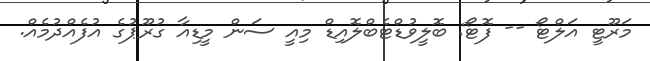
މަރޫޓީ އަލްޓޯ -- ފޮޓޯ: ބޮލީވުޑްޓެބްލޮއިޑް މިއީ ސަން މީޑިއާ ގުރޫޕުގެ އުފެއްދުމެއް.